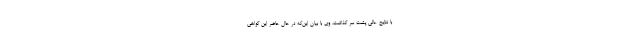
با نتایج عالی پشت سر گذاشت. وی با بیان این‌که در حال حاضر این گواهی